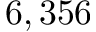
6 , 3 5 6